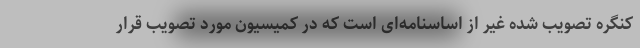
کنگره تصویب شده غیر از اساسنامه‌ای است که در کمیسیون مورد تصویب قرار